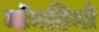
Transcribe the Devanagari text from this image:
मॉनडियो